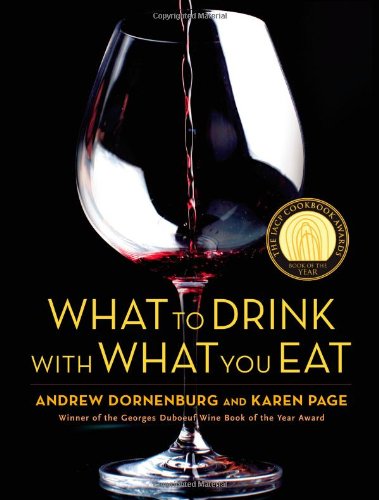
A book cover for What to Drink with What You Eat: The Definitive Guide to Pairing Food with Wine, Beer, Spirits, Coffee, Tea - Even Water - Based on Expert Advice from America's Best Sommeliers; Andrew Dornenburg; Cookbooks, Food & Wine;